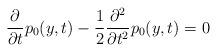
LaTeX: \begin{align*} \frac{\partial}{\partial t}p_{0}(y,t)-\frac{1}{2}\frac{\partial^{2}}{\partial t^{2}}p_{0}(y,t)=0\end{align*}